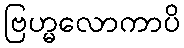
ဗြဟ္မလောကာပိ